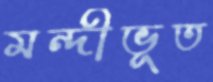
মন্দীভূত